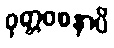
ဝုတ္တဝစနာပိ